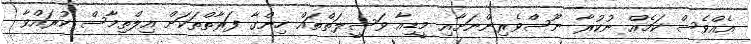
އެއްވެސް ކަމެއް ނުކުރާ ނޫސްވެރިންނަށާއި މީޑިއާ ވަސީލަތްތައް ހިންގާ ފަރާތްތަކަށް އިލްތިމާސް ކުރައްވާ